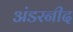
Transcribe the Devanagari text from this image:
अंडरनीद